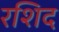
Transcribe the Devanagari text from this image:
रशिद